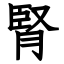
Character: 腎